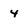
Character: 4